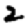
Digit: 2